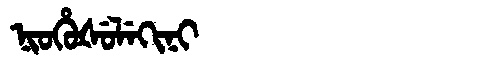
Manchu: ᠨᡳᠣᡥᡠᡧᡠᠯᡝᡴᡳᠨᡳ
Romanization: NIOHUŠULEKINI